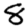
Digit: 8